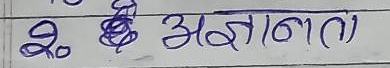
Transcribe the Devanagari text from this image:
२. अज्ञानता